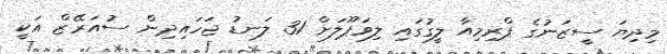
މިދިޔަ ސީޒަނުގެ ޕްރިމިއާ ލީގުގައި ލިވަޕޫލަށް 31 ލަނޑު ޖަހައިދިން ސުއަރޭޒް އަކީ